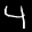
Label: 4